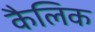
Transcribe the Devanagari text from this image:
कैलिक